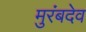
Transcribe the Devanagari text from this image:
मुरंबदेव